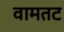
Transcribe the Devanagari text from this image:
वामतट